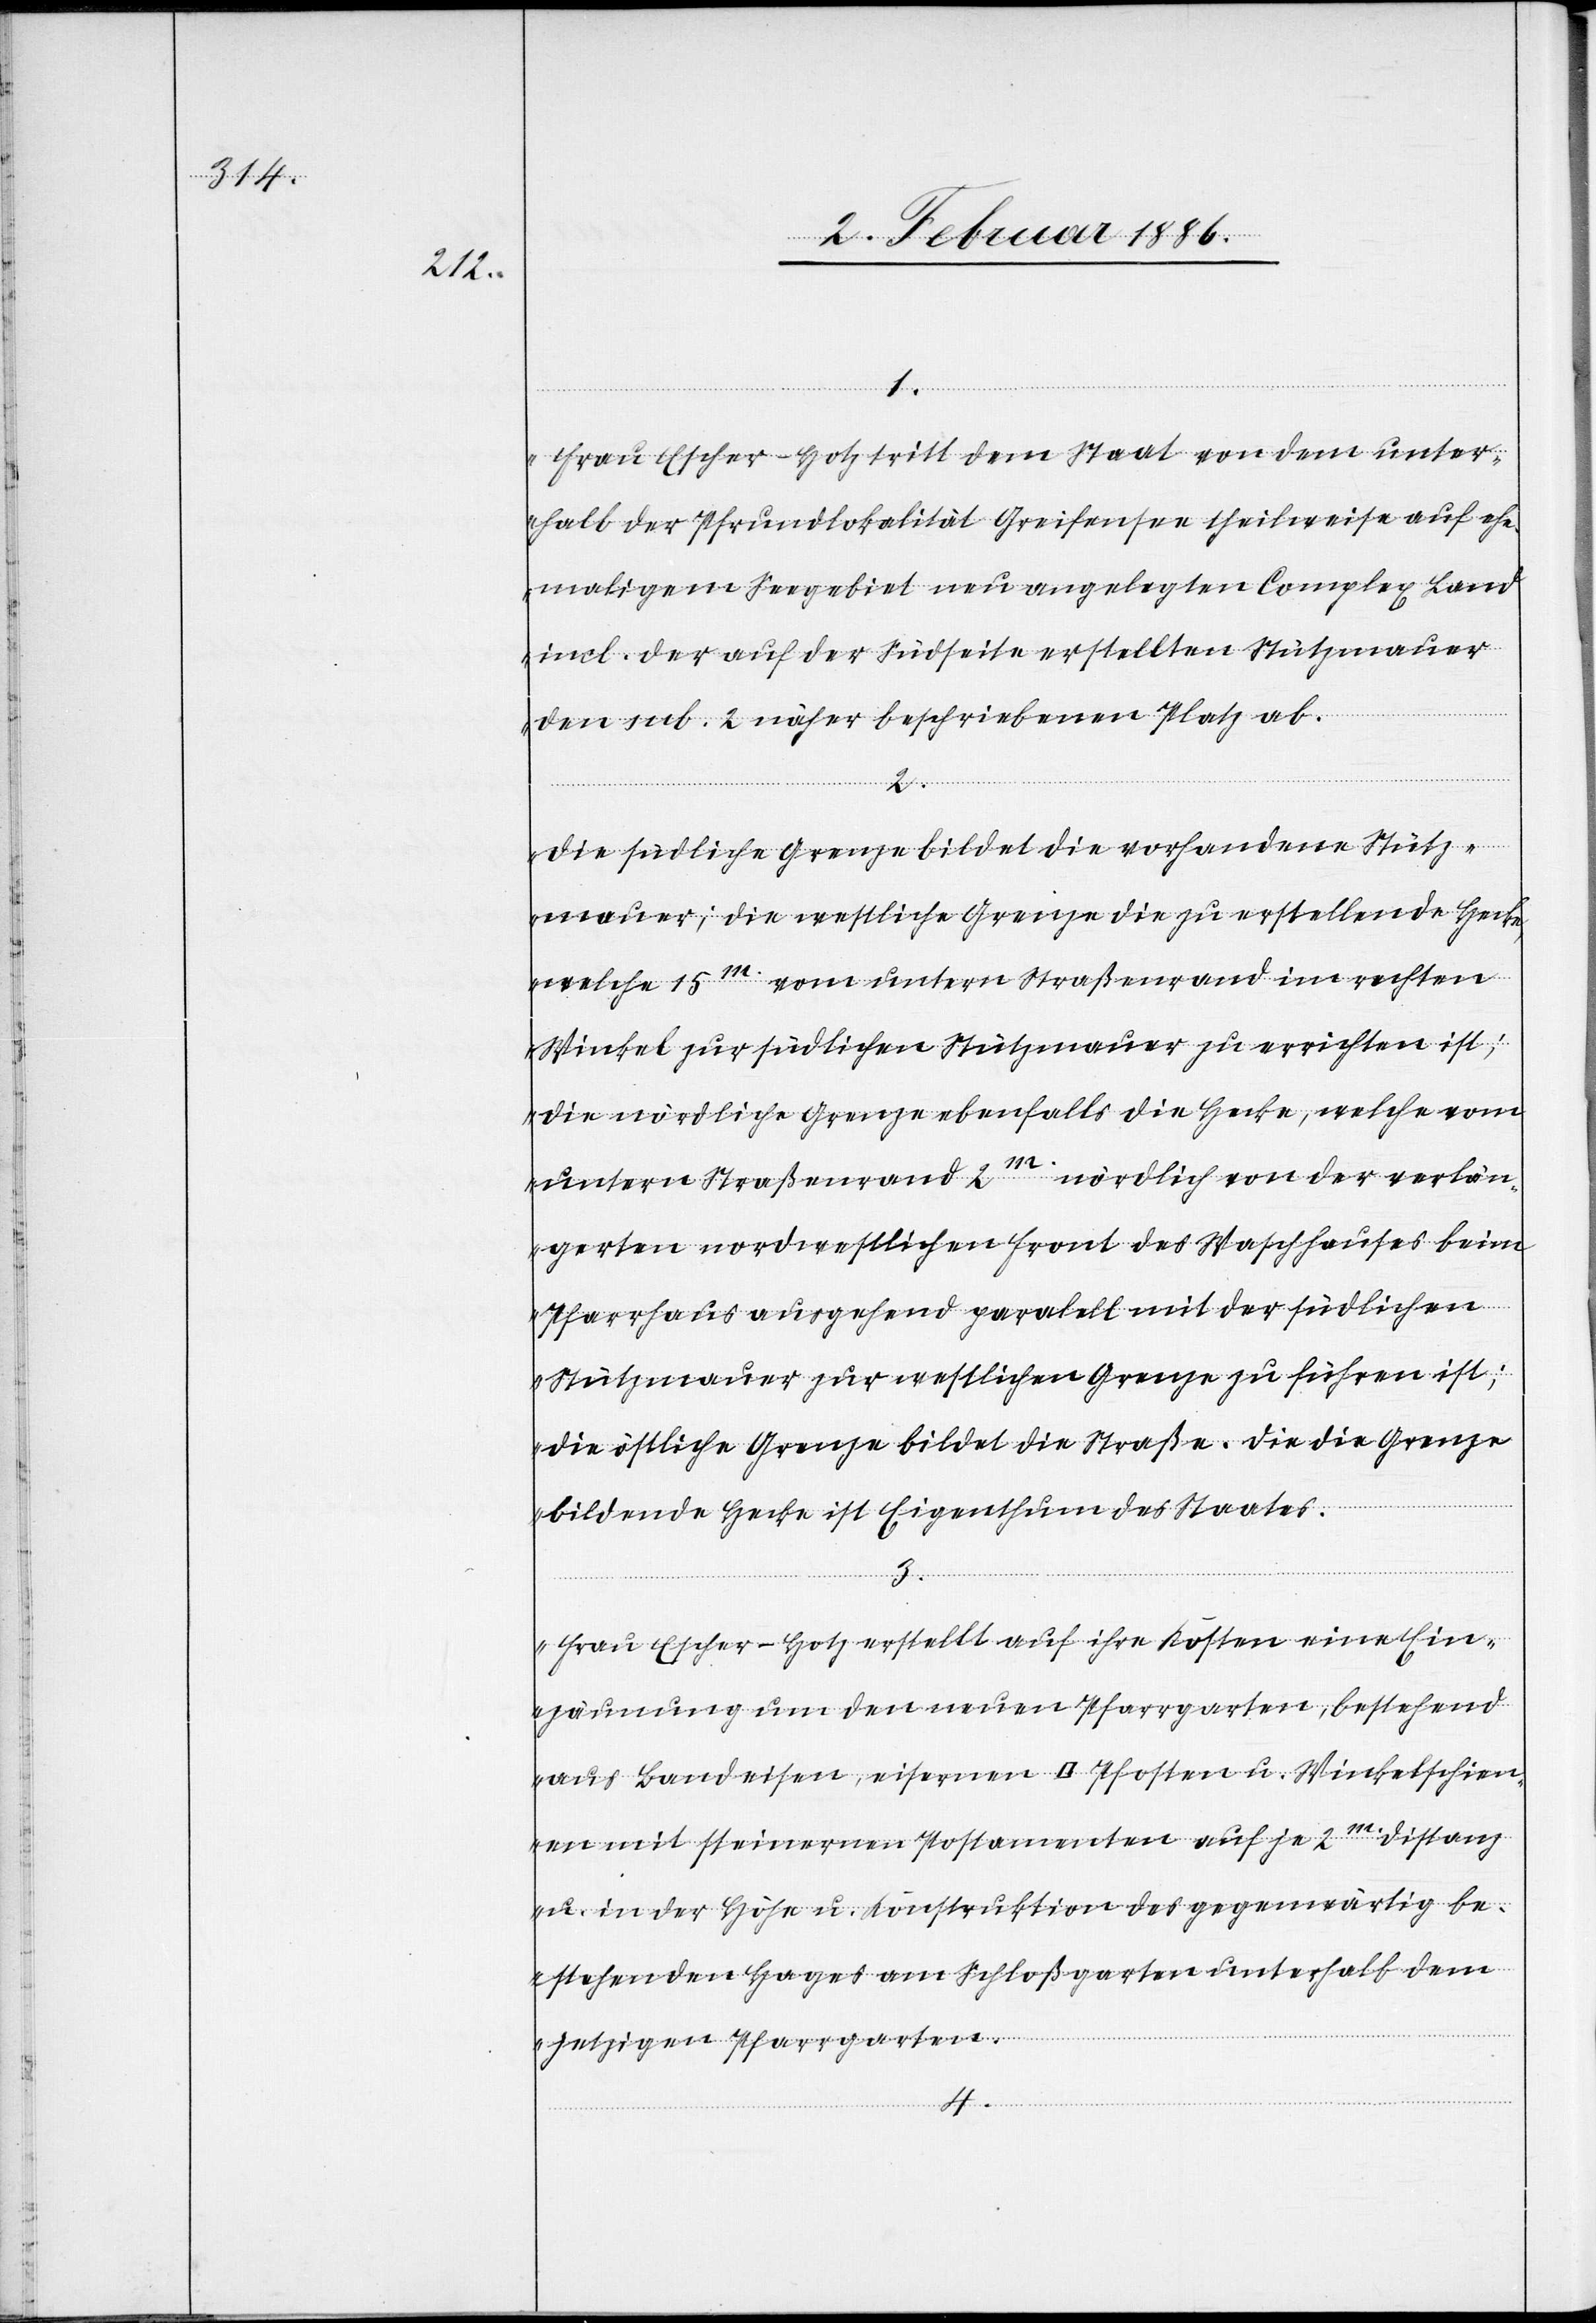
4.
Frau Escher-Hotz tritt dem Staat von dem unter¬
halb der Pfrundlokalität Greifensee theilweise auf ehe¬
maligem Seegebiet neu angelegten Complex Land
incl. der auf der Südseite erstellten Stützmauer
den sub. 2 näher beschriebenen Platz ab.
Die südliche Grenze bildet die vorhandene Stütz¬
mauer; die westliche Grenze die zu erstellende Hecke,
welche 15m. vom untern Straßenrand im rechten
Winkel zur südlichen Stützmauer zu verrichten ist;
die nördliche Grenze ebenfalls die Hecke, welche vom
untern Straßenrand 2m. nördlich von der verlän¬
gerten nordwestlichen Front des Waschhauses beim
Pfarrhaus ausgehend parallel mit der südlichen
Stützmauer zur westlichen Grenze zu führen ist;
die östliche Grenze bildet die Straße. Die die Grenze
bildende Hecke ist Eigenthum des Staates.
3.
Frau Escher-Hotz erstellt auf ihre Kosten eine Ein¬
zäunung um den neuen Pfarrgarten, bestehend
aus Bandeisen, eisernen [Quadrat] Pfosten u. Winkelschien¬
en mit steinernen Postamenten auf je 2m. Distanz
u. in der Höhe u. Konstruktion des gegenwärtigen be¬
stehenden Hages am Schloßgarten unterhalb dem
jetzigen Pfarrgarten.